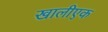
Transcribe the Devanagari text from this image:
खालीएक